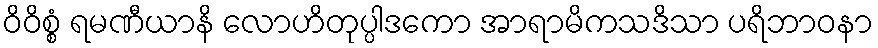
ဝိဝိစ္စံ ရမဏီယာနိ လောဟိတုပ္ပါဒကော အာရာမိကသဒိသာ ပရိဘာဝနာ